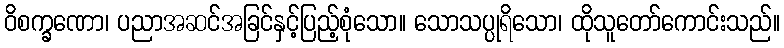
ဝိစက္ခဏော၊ ပညာအဆင်အခြင်နှင့်ပြည့်စုံသော။ သောသပ္ပုရိသော၊ ထိုသူတော်ကောင်းသည်။